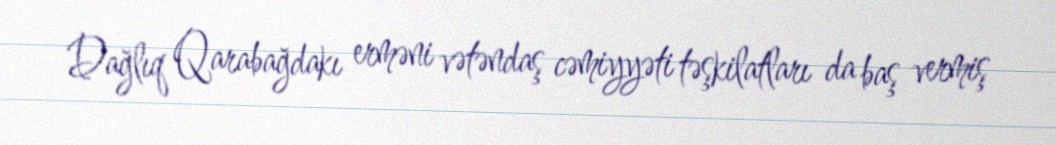
Dağlıq Qarabağdakı erməni vətəndaş cəmiyyəti təşkilatları da baş vermiş